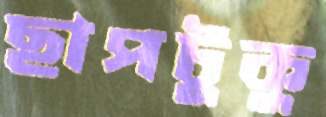
ছাপটুকু